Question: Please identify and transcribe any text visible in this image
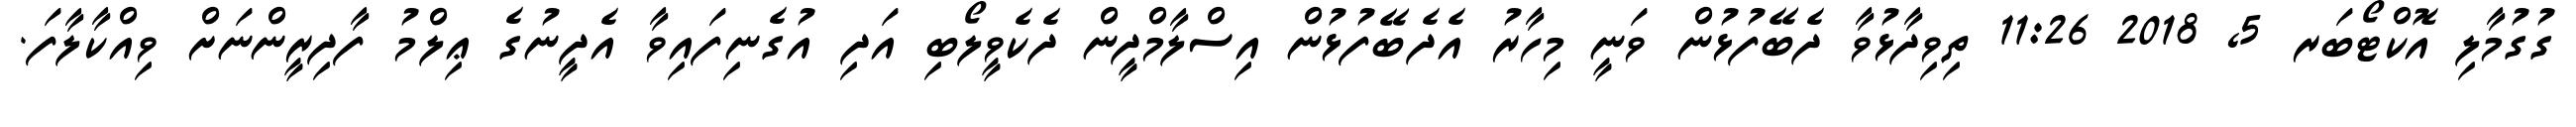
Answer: ގުގުމާލި އޮކްޓޯބަރ 5, 2018 11:26 ތިވިދާޅުވާ ދެބޭފުޅުން ވަނީ މިހާރު އެދެބޭފުޅުން އިސްލާމްދީން ދެކެވީލޯބި އަދި އުގެނިފައިވާ އެދީނުގެ ޢިލްމު ފާދިރީންނަށް ވިއްކާލާފަ.